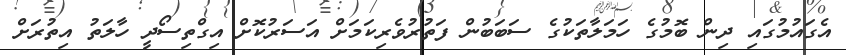
އެގައުމުގައި ދިން ބޮމުގެ ހަމަލާތަކުގެ ސަބަބުން ފަތުރުވެރިކަމަށް އަސަރުކޮށް އިގްތިސޯދީ ހާލަތު އިތުރަށް